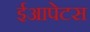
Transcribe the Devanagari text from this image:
ईआपेटस